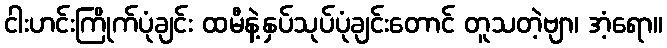
ငါးဟင်းကြိုက်ပုံချင်း ထမီနဲ့နှပ်သုပ်ပုံချင်းတောင် တူသတဲ့ဗျာ၊ အံ့ရော။